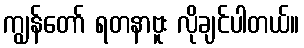
ကျွန်တော် ရတနာဗူး လိုချင်ပါတယ်။